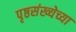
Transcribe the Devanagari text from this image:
पृष्ठसंख्येच्या